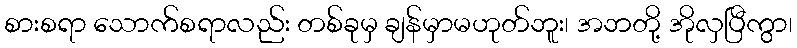
စားစရာ သောက်စရာလည်း တစ်ခုမှ ချန်မှာမဟုတ်ဘူး၊ အဘတို့ အိုလှပြီကွာ၊